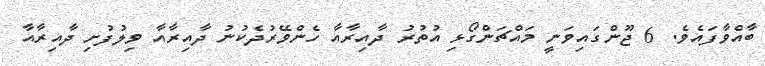
ބާއްވާފައެވެ. 6 ޖޫންގައިވަނީ މައްޗަންގޯޅި އުތުރު ދާއިރާއާ ހެންވޭރުދެކުނު ދާއިރާއާ ވިލުފުށި ދާއިރާއާ